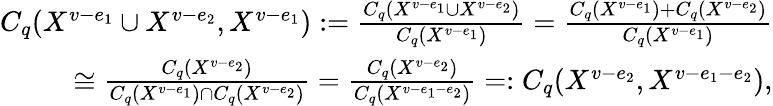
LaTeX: \begin{array}{r}{C_{q}(X^{v-e_{1}}\cup X^{v-e_{2}},X^{v-e_{1}}):=\frac{C_{q}(X^{v-e_{1}}\cup X^{v-e_{2}})}{C_{q}(X^{v-e_{1}})}=\frac{C_{q}(X^{v-e_{1}})+C_{q}(X^{v-e_{2}})}{C_{q}(X^{v-e_{1}})}}\\ {\cong\frac{C_{q}(X^{v-e_{2}})}{C_{q}(X^{v-e_{1}})\cap C_{q}(X^{v-e_{2}})}=\frac{C_{q}(X^{v-e_{2}})}{C_{q}(X^{v-e_{1}-e_{2}})}=:C_{q}(X^{v-e_{2}},X^{v-e_{1}-e_{2}}),}\end{array}